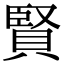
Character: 賢